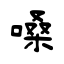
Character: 嗓